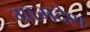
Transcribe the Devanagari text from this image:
ग्रामदेश